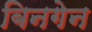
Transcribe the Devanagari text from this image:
बिनगेन